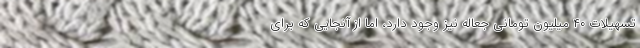
تسهیلات ۴۰ میلیون تومانی جعاله نیز وجود دارد، اما از آنجایی که برای